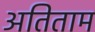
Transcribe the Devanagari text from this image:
अतिताम